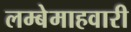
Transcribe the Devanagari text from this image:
लम्बेमाहवारी